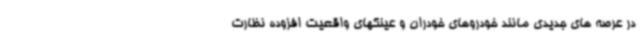
در عرصه های جدیدی مانند خودروهای خودران و عینکهای واقعیت افزوده نظارت